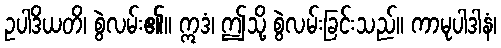
ဥပါဒိယတိ၊ စွဲလမ်း၏။ ဣဒံ၊ ဤသို့ စွဲလမ်းခြင်းသည်။ ကာမုပါဒါနံ၊